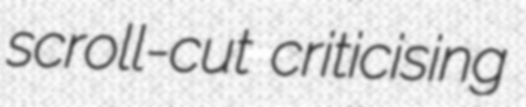
scroll-cut criticising